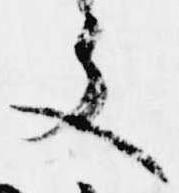
文